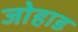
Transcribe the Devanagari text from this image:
जोहाड